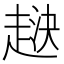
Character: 𧻯